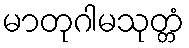
မာတုဂါမသုတ္တံ